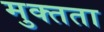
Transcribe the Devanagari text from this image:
मुक्‍तता